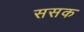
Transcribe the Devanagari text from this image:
ससक